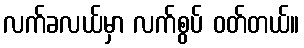
လက်ခလယ်မှာ လက်စွပ် ဝတ်တယ်။